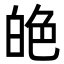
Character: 𦫙